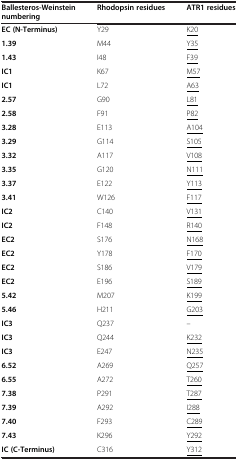
<table><thead><tr><td><b>Ballesteros-Weinstein numbering</b></td><td><b>Rhodopsin residues</b></td><td><b>ATR1 residues</b></td></tr></thead><tbody><tr><td><b>EC (N-Terminus)</b></td><td>Y29</td><td><underline>K20</underline></td></tr><tr><td><b>1.39</b></td><td>M44</td><td><underline>Y35</underline></td></tr><tr><td><b>1.43</b></td><td>I48</td><td><underline>F39</underline></td></tr><tr><td><b>IC1</b></td><td>K67</td><td><underline>M57</underline></td></tr><tr><td><b>IC1</b></td><td>L72</td><td><underline>A63</underline></td></tr><tr><td><b>2.57</b></td><td>G90</td><td><underline>L81</underline></td></tr><tr><td><b>2.58</b></td><td>F91</td><td><underline>P82</underline></td></tr><tr><td><b>3.28</b></td><td>E113</td><td><underline>A104</underline></td></tr><tr><td><b>3.29</b></td><td>G114</td><td><underline>S105</underline></td></tr><tr><td><b>3.32</b></td><td>A117</td><td><underline>V108</underline></td></tr><tr><td><b>3.35</b></td><td>G120</td><td><underline>N111</underline></td></tr><tr><td><b>3.37</b></td><td>E122</td><td><underline>Y113</underline></td></tr><tr><td><b>3.41</b></td><td>W126</td><td><underline>F117</underline></td></tr><tr><td><b>IC2</b></td><td>C140</td><td><underline>V131</underline></td></tr><tr><td><b>IC2</b></td><td>F148</td><td><underline>R140</underline></td></tr><tr><td><b>EC2</b></td><td>S176</td><td><underline>N168</underline></td></tr><tr><td><b>EC2</b></td><td>Y178</td><td><underline>F170</underline></td></tr><tr><td><b>EC2</b></td><td>S186</td><td><underline>V179</underline></td></tr><tr><td><b>EC2</b></td><td>E196</td><td><underline>S189</underline></td></tr><tr><td><b>5.42</b></td><td>M207</td><td><underline>K199</underline></td></tr><tr><td><b>5.46</b></td><td>H211</td><td><underline>G203</underline></td></tr><tr><td><b>IC3</b></td><td>Q237</td><td>--</td></tr><tr><td><b>IC3</b></td><td>Q244</td><td><underline>K232</underline></td></tr><tr><td><b>IC3</b></td><td>E247</td><td><underline>N235</underline></td></tr><tr><td><b>6.52</b></td><td>A269</td><td><underline>Q257</underline></td></tr><tr><td><b>6.55</b></td><td>A272</td><td><underline>T260</underline></td></tr><tr><td><b>7.38</b></td><td>P291</td><td><underline>T287</underline></td></tr><tr><td><b>7.39</b></td><td>A292</td><td><underline>I288</underline></td></tr><tr><td><b>7.40</b></td><td>F293</td><td><underline>C289</underline></td></tr><tr><td><b>7.43</b></td><td>K296</td><td><underline>Y292</underline></td></tr><tr><td><b>IC (C-Terminus)</b></td><td>C316</td><td><underline>Y312</underline></td></tr></tbody></table>